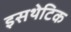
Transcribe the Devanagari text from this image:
इसथेटिक